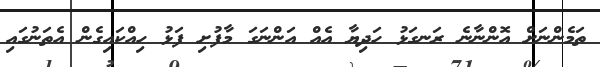
ތަމެންނަށް އޮންނާނެ ރަނގަޅު ހަދިޔާ އެއް އަންނަގަ މާފުށި ފަޅު ހިއްކައިގެން އެތަނުގައި